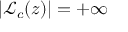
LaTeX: | { \mathcal { L } } _ { c } ( z ) | = + \infty